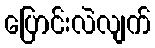
ပြောင်းလဲလျက်